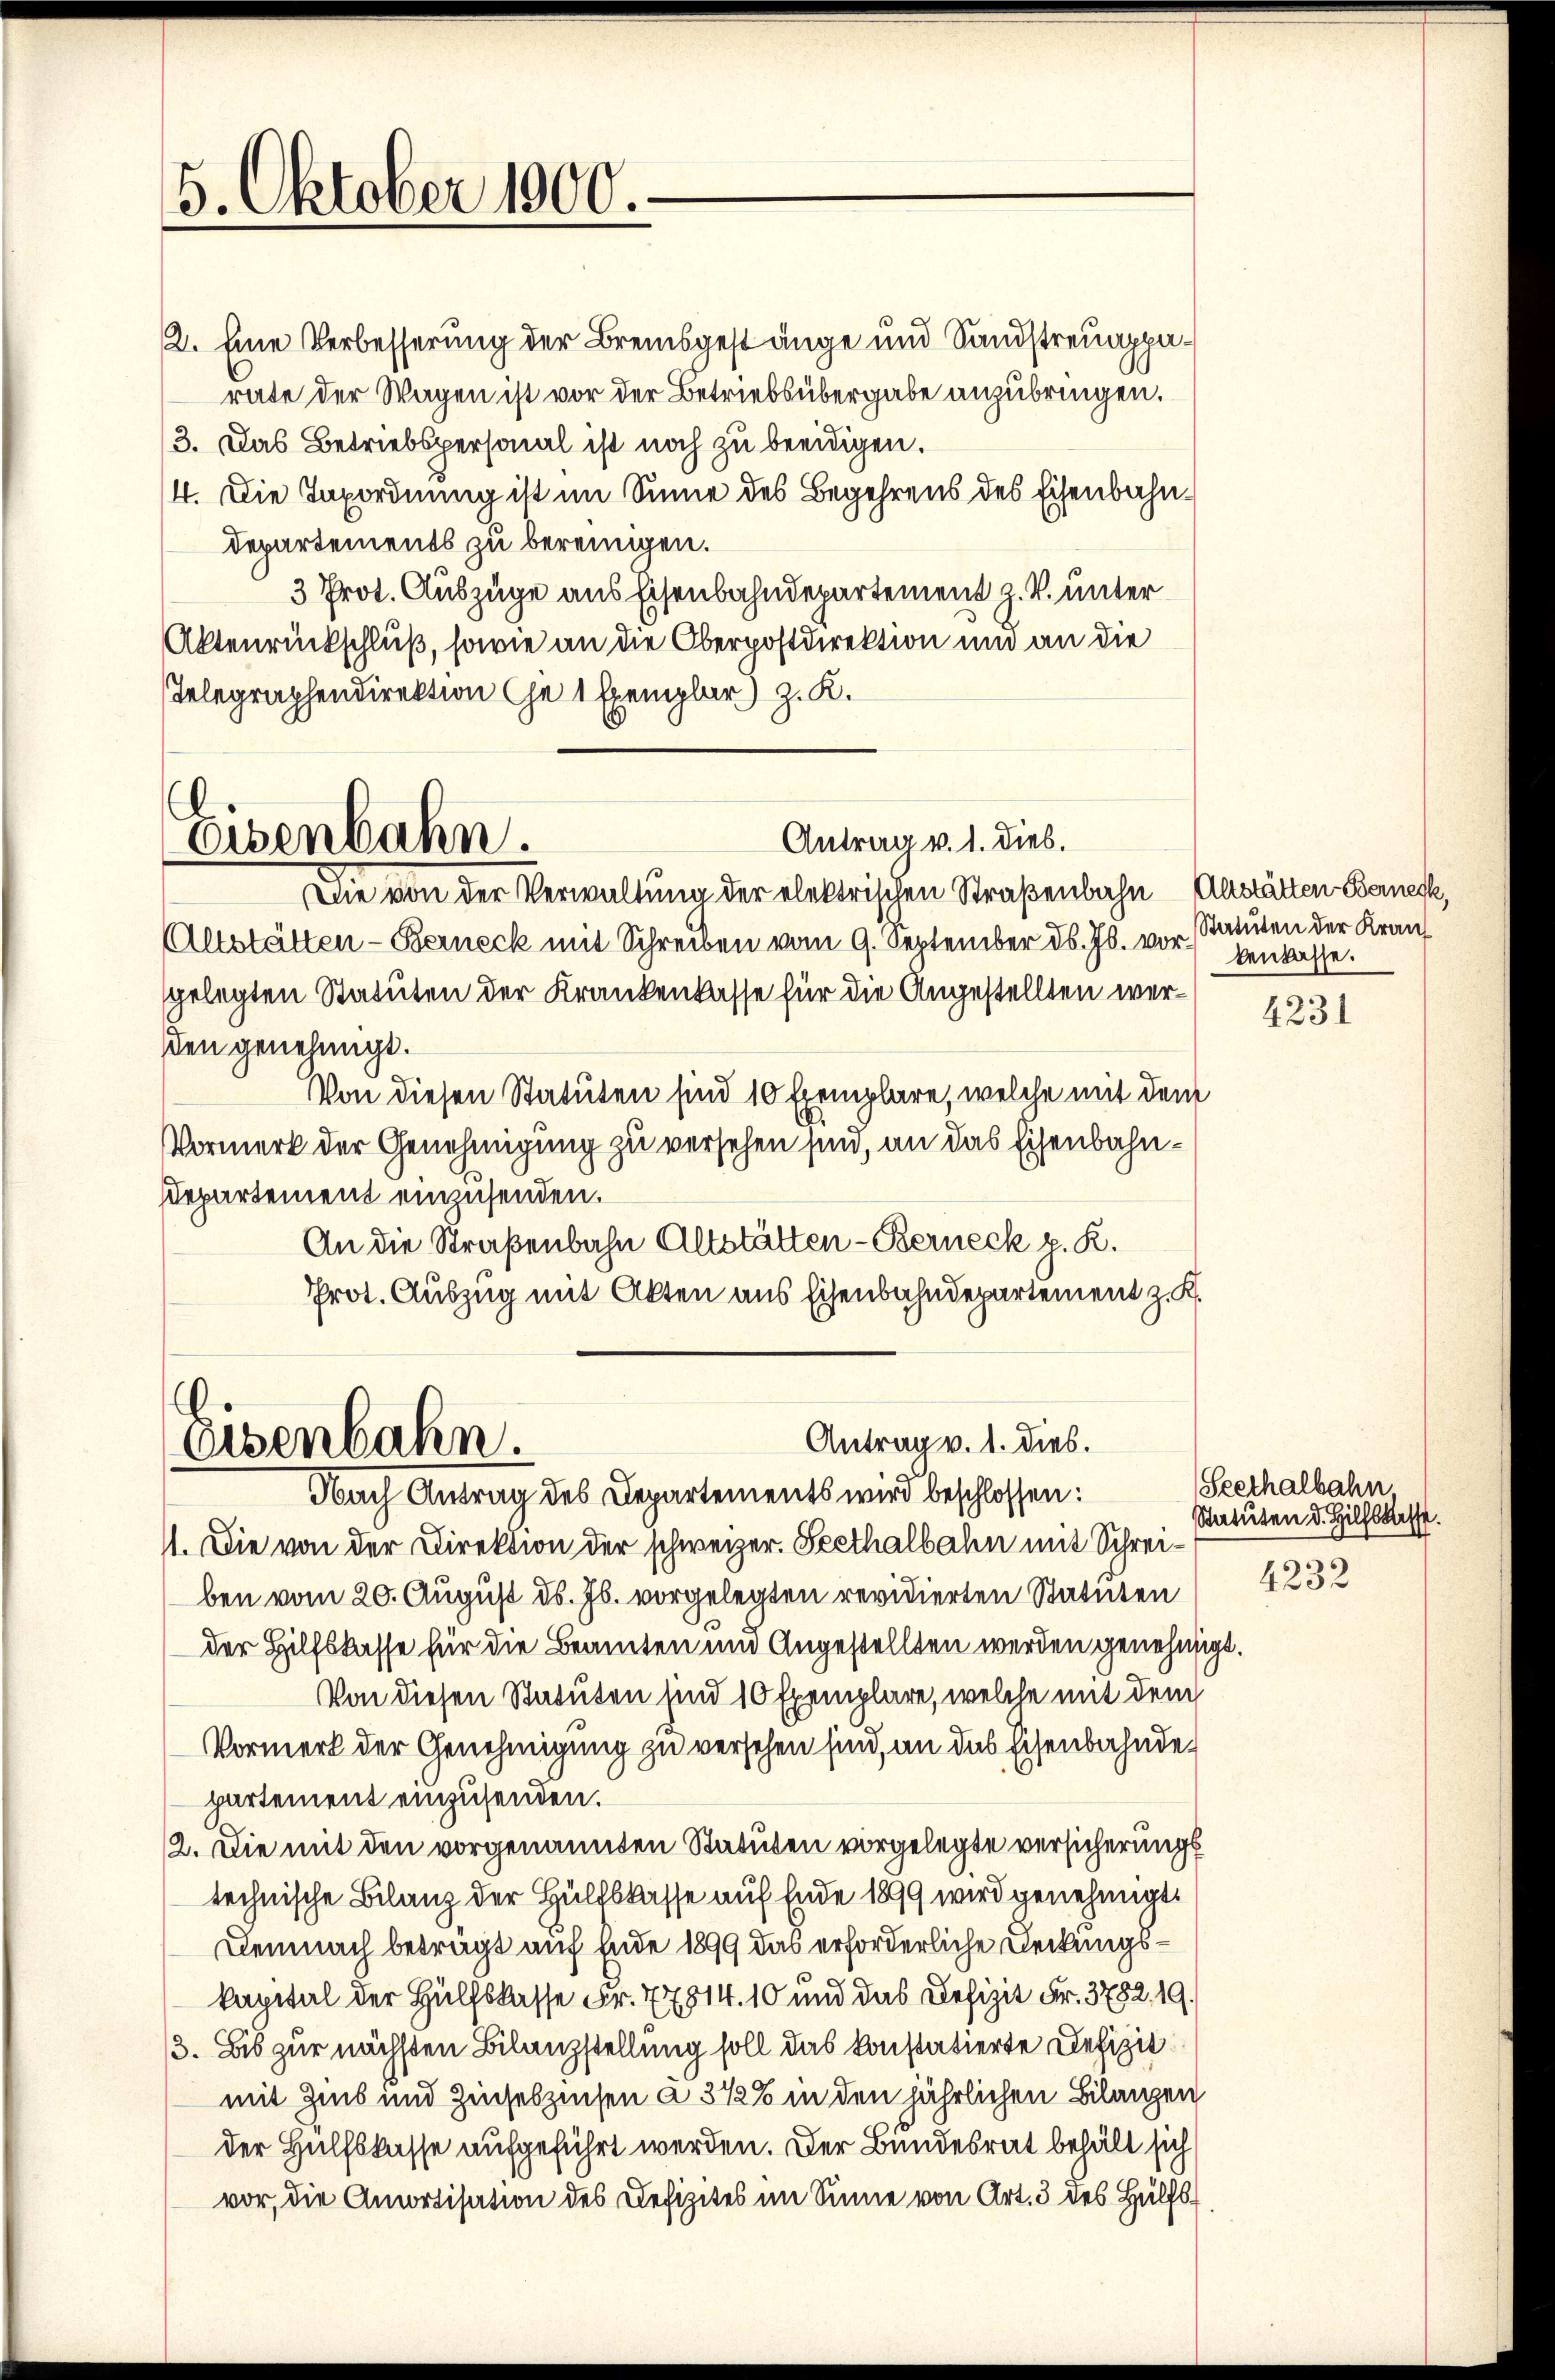
.
5. Oktober 1906.

2. Eine Verbesserung der Bremsgestange und Sandstreuapparate der Wagen ist vor der Betriebsübergabe anzubringen.
3. Das Betriebspersonal ist noch zu beeidigen.
4. Die Taxordnung ist im Sinne des Begehrens des Eisenbahn¬
Departements zu bereinigen.
3 Prot. Auszüge aus Eisenbahndepartement z. B. unter
Aktenrückschluß, sowie an die Oberpostdirektion und an die
Telegraphendirektion Che 1 Exemplar) z. K.

Eisenbahn.

Antrag v. 1. dies.

Die von der Verwaltung der elektrischen Straßenbahn Anstätten Bernesk
Altstätten - Berneck mit Schreiben vom 9. September d. Js. vor-
gelegten Statuten der Krankenkasse für die Angestellten werden genehmigt.
Von diesen Statuten sind 10 Exemplare, welche mit dem
Vormerk der Genehmigung zu versehen sind, an das Eisenbahn¬
Departement einzusenden.
An die Straßenbahn Altstätten - Berneck p. K.
Prot. Auszug mit Akten aus Eisenbahndepartement z. K.

Antrag v. 1. dies.
Eisenbahn.
Nach Antrag des Departements wird beschlossen:
1. Die von der Direktion der schweizer. Seethalbahn mit Schrei¬

Statuten der Kranz
benlasse.

ben vom 20. August ds. Js. vorgelegten revidierten Statuten
der Hilfskasse für die Beamten und Angestellten werden genehmigt.
Von diesen Statuten sind 10 Exemplare, welche mit dem
Vormerk der Genehmigung zu versehen sind, an das Eisenbahndepartement einzusenden.
2. Die mit den vorgenannten Statuten vorgelegte versicherungs
technische Bilanz der Hülfskasse auf Ende 1899 wird genehmigt.
Demnach betragt auf Ende 1899 das erforderliche Deckungskapital der Hülfskasse Fr. 77814. 10 und das Defizit Fr. 3752, 19.
3. Bis zur nächsten Bilanzstellung soll das konstatierte Defizit
mit Zins und Zinseszinsen a. 372% in den jährlichen Bilanzen
der Hülfskasse aufgeführt werden. Der Bundesrat behält sich
vor, die Amortisation des Defizites im Sinne von Art. 3 des Hülfs¬

4231

(Seethalbahn,
Statuten d. Hilfskasse.

4232